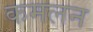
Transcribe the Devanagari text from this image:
कमलन